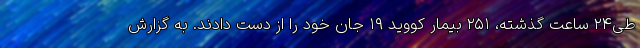
طی۲۴ ساعت گذشته، ۲۵۱ بیمار کووید ۱۹ جان خود را از دست دادند. به گزارش